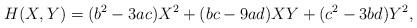
LaTeX: \begin{align*}H(X,Y) = (b^2-3ac)X^2 + (bc-9ad)XY + (c^2-3bd)Y^2,\end{align*}